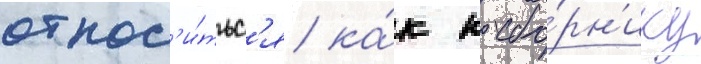
относ'и́тьс'я ка́к к сбо́рн'ику